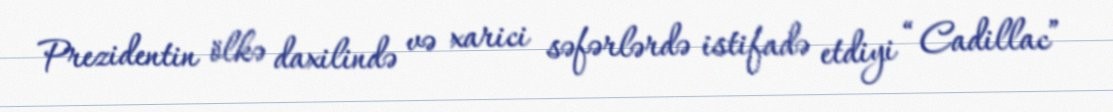
Prezidentin ölkə daxilində və xarici səfərlərdə istifadə etdiyi “Cadillac”